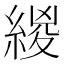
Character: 緵